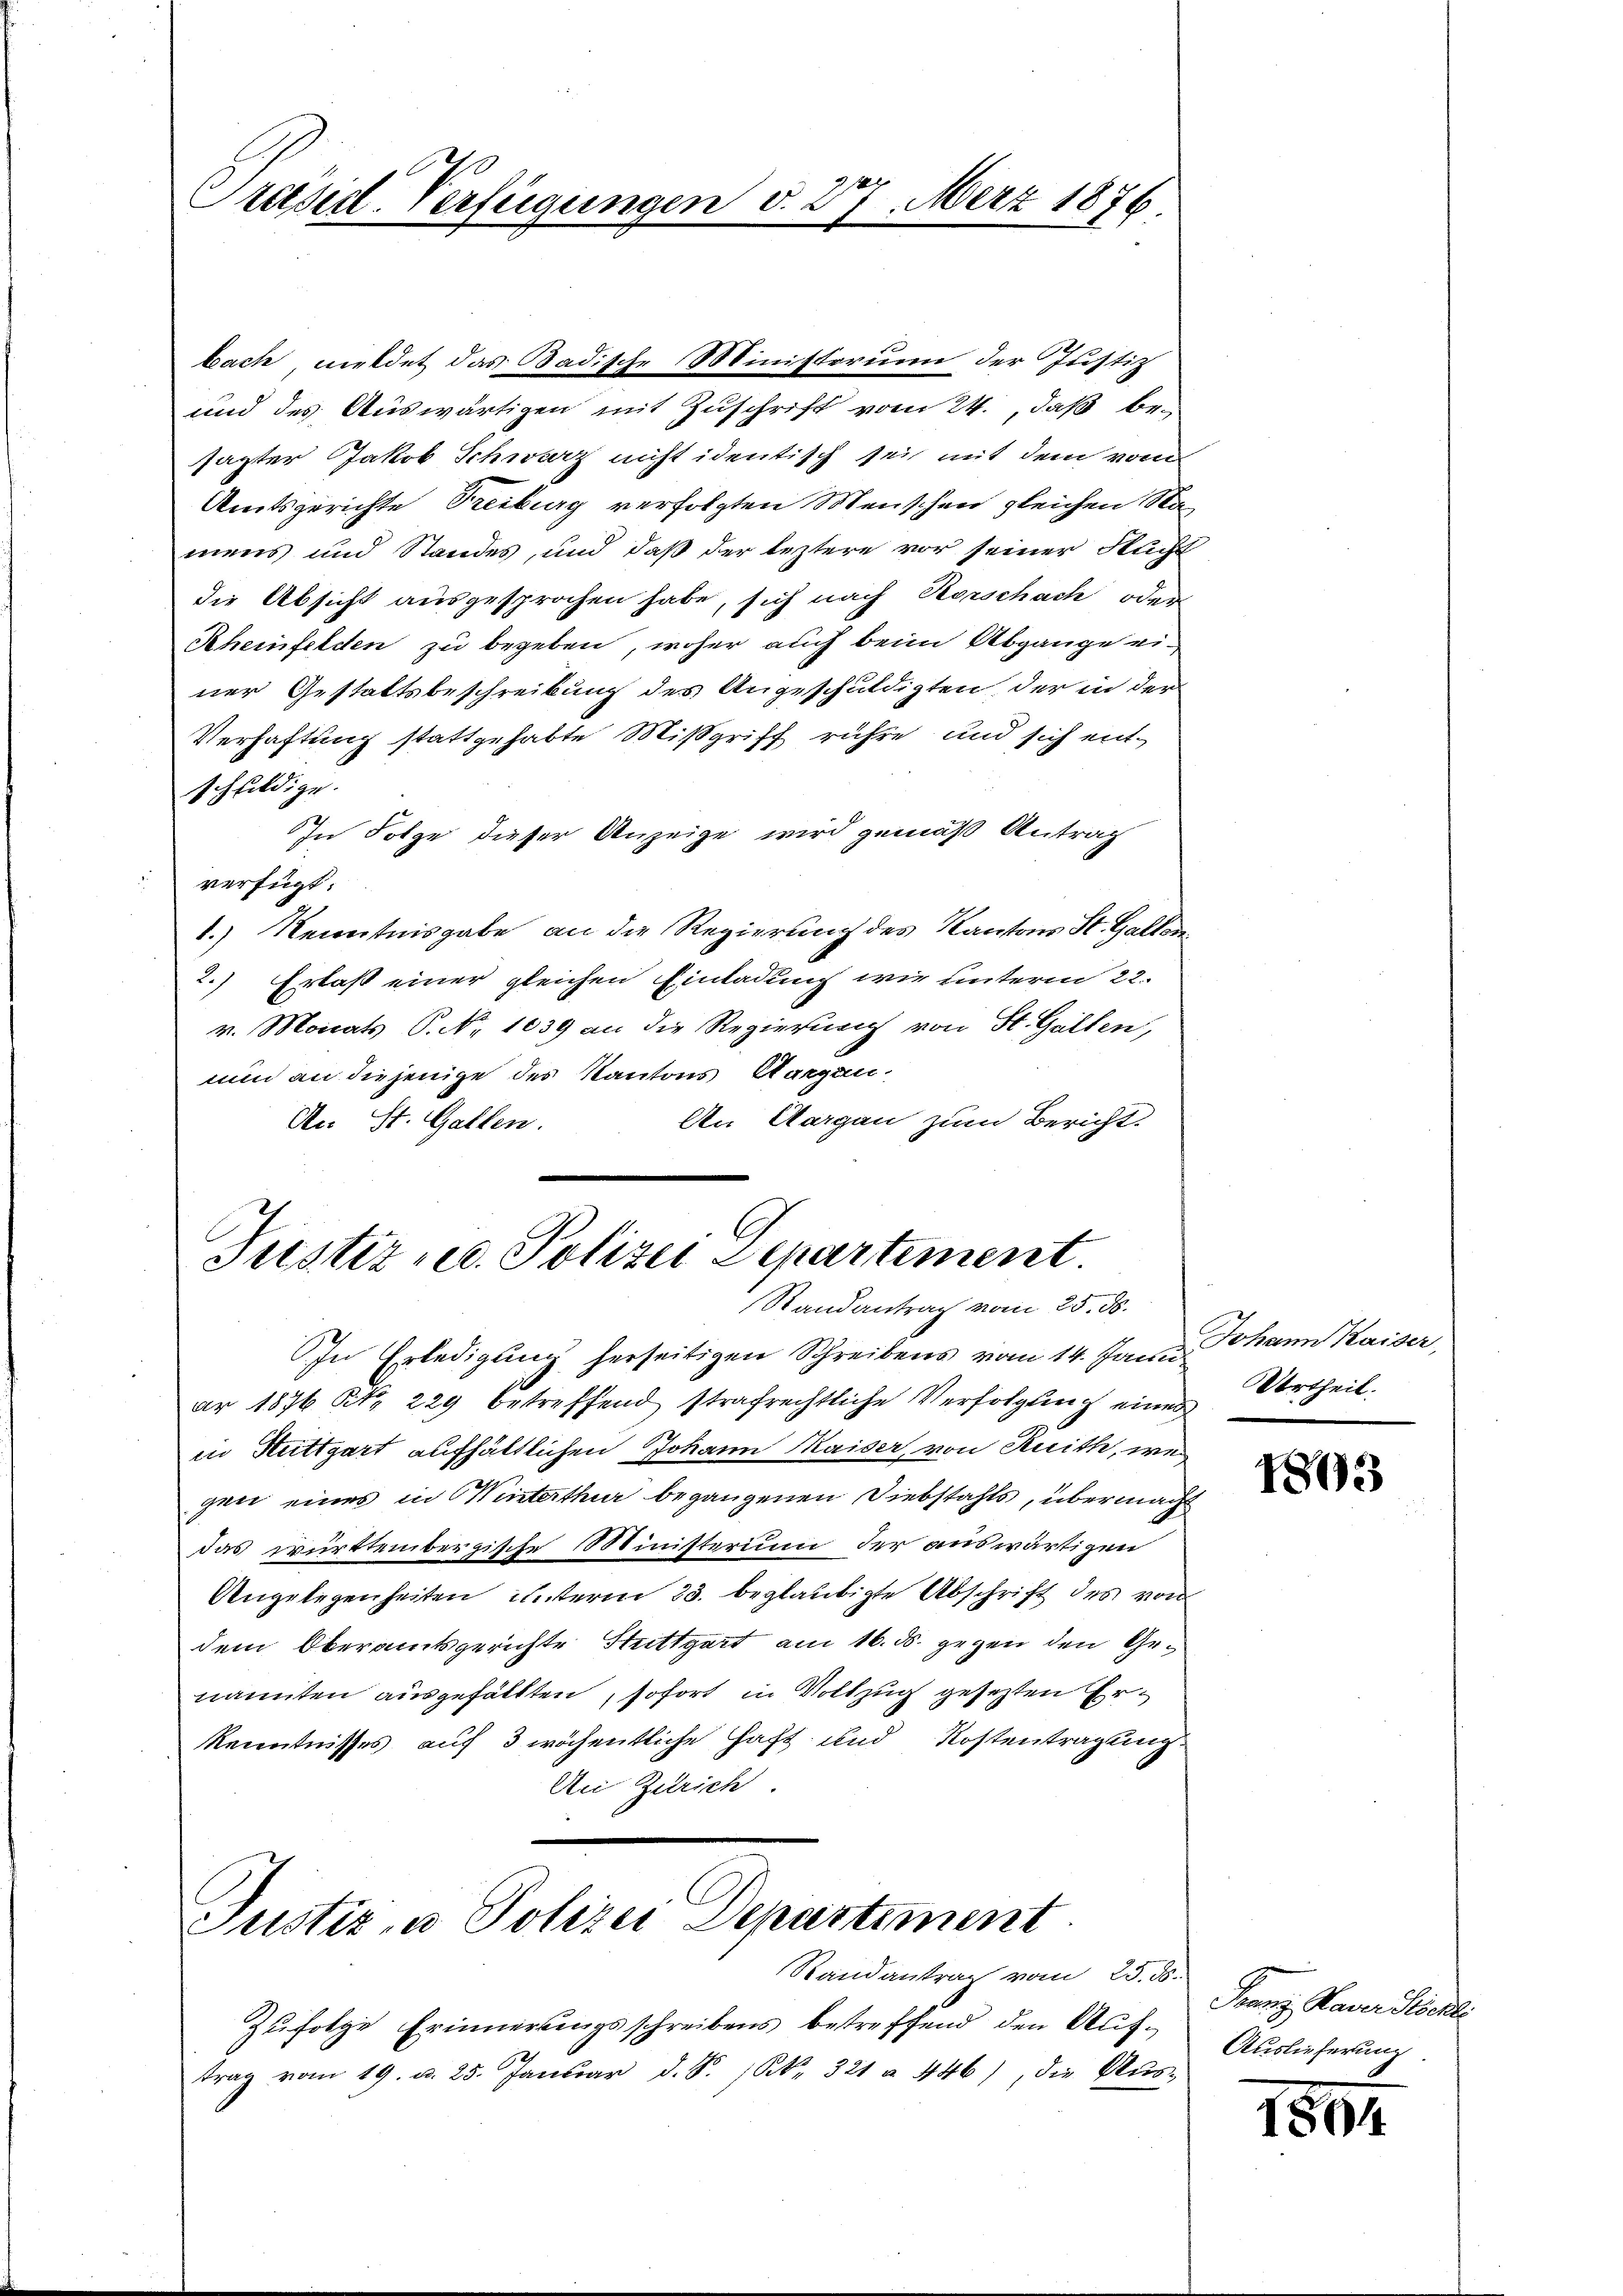
Präsent. Verfügungen v. 27. März 1876

bach mildet das Badische Ministerium der Justiz
und des Auswärtigen mit Zuschrift vom 24. daß besagter Jakob Schwarz nicht identisch sei mit dem vom
Amtsgerichte Treiburg verfolgten Menschen gleichen Stamens und Standes, und daß der leztere vor seiner Sucht
die Absicht ausgesprochen habe, sich nach Korschach oder
Scheinfelden zu begeben, woher auch beim Abgange einer Gestaltsbeschreibung des Angeschuldigten der in der
Verhaftung stattgehabte Mißgriff rühre und sich entschuldige.
In Folge dieser Anzeige wird gemäß Antrag
verfügt:
1.) Kenntnisgabe an die Regierung des Kantons St. Gallen¬
2.) Erlast einer gleichen Einladung wie unterm 22.
v. Monats P. Nr. 1039 an die Regierung von St. Gallen,
nun an diejenige des Kantons Aargau¬
An Aargau zum Bericht.
An St. Gallen.

Justiz - Polizei Departement
Randantrag vom 25. ds.

In Erledigung herseitigen Schreibens vom 14. Janu
ar 1876 S. 229 betreffend strafrechtliche Verfolgung eines
in Stuttgart aufhältlichen Johann Maider, von Knith, wes
gen eines in Winterthur begangenen Diebstahls, übermacht
das württembergische Ministerium der auswärtigen
Angelegenheiten ŭnterm 23. beglaubigte Abschrift des von
dem Oberamtsgerichte Stuttgart am 16. ds. gegen den Genannten ausgefällten sofort in Vollzug gesetzten Er¬
Kenntnisses auf 3 wöchentliche Haft und Kostentragung.
An Zürich.
Justiz, u. Polizei Departiment
Randantrag vom 25. ds.
Zufolge Erinnerungsschreibens betreffend den Auftrag vom 19. d. 25. Januar d. S. S. 321 à 446), die Aŭs-

Johann Kaiser,
Urtheil.

1805

Franz Kaver Sebasti
Auslieferung

1851